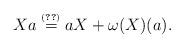
LaTeX: \begin{align*}Xa \stackrel{\scriptscriptstyle\eqref{eq:compLRalg}}{=} aX + \omega(X)(a).\end{align*}